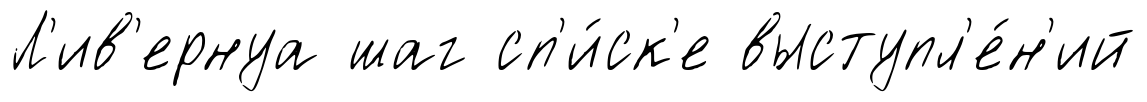
Л'ив'ернуа шаг сп'и́ск'е выступл'е́н'ий